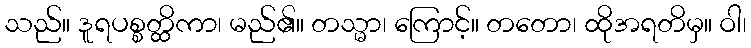
သည်။ ဒူရပစ္စတ္ထိကာ၊ မည်၏။ တသ္မာ၊ ကြောင့်။ တတော၊ ထိုအရတိမှ။ ဝါ၊